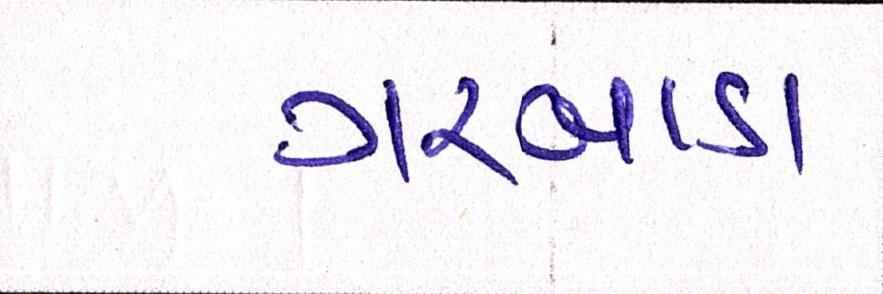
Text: ગરબાડા